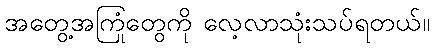
အတွေ့အကြုံတွေကို လေ့လာသုံးသပ်ရတယ်။